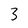
Character: 3